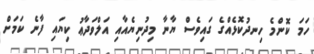
ހަމަ ކޮންމެ ހިނދުކޮޅެއްގެ ގައިވެސް ޔާނާ މިދުނިޔެއާއި އަލްވަދާޢު ކިޔައި ފާނެ ކަމަށް